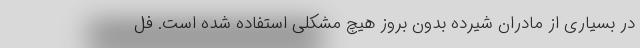
در بسیاری از مادران شیرده بدون بروز هیچ مشکلی استفاده شده است. فل